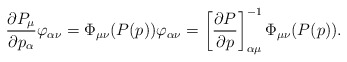
\begin{gather*}\frac{\partial P_\mu}{\partial p_\alpha}\varphi_{\alpha\nu}=\Phi_{\mu\nu}(P(p)) \varphi_{\alpha\nu}=\left[\frac{\partial P}{\partial p}\right]_{\alpha\mu}^{-1} \Phi_{\mu\nu}(P(p)).\end{gather*}